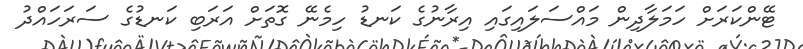
ޓޭންކަރަށް ހަމަލާދިން މައްސަލައިގައި އިރާނުގެ ކަނޑު ހިމެނޭ ގޮތަށް އަރަބި ކަނޑުގެ ސަރަހައްދު